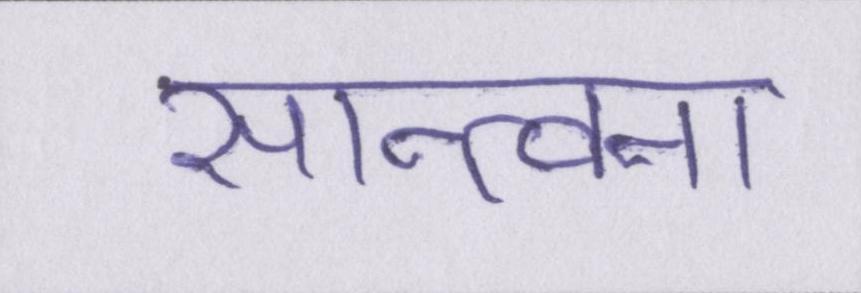
सान्त्वना